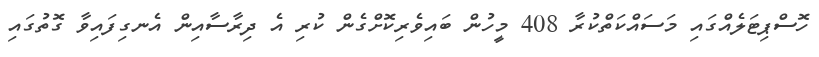
ހޮސްޕިޓަލެއްގައި މަސައްކަތްކުރާ 408 މީހުން ބައިވެރިކޮށްގެން ކުރި އެ ދިރާސާއިން އެނގިފައިވާ ގޮތުގައި